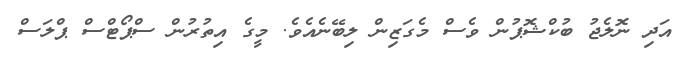
އަދި ނޮލެޖު ބުކްޝޮޕުން ވެސް މެގަޒިން ލިބޭނެއެވެ. މީގެ އިތުރުން ސްޕޯޓްސް ޕްލަސް